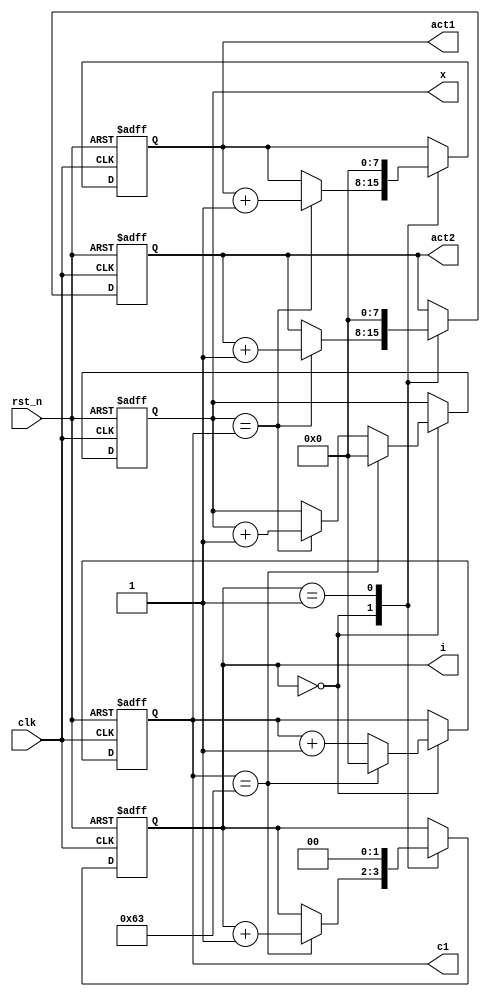
/*
C: ,

for(x = 0; x < 10; x++)
    for(y = 0; y < 10; y ++)
    {
        act1++;
        act2++;
    }
*/


module exp1_6b
(
    input clk,
    input rst_n,

    output reg [7:0] c1,
    output reg [7:0] x,
    output reg [7:0] act1,
    output reg [7:0] act2,
    output reg [1:0] i
);

    always @(posedge clk or negedge rst_n)
    begin
        if(~rst_n)
        begin
            c1 <= 8'd0;
            x <= 8'd0;
            act1 <= 8'd0;
            act2 <= 8'd0;
            i <= 2'd0;
        end
        else
        begin
            case(i)
            
                
                0:
                begin
                
                    if(x == c1)
                    begin
                        x <= x + 1'b1;
                        act1 <= act1 + 1'b1;
                        act2 <= act2 + 1'b1;
                    end
                    
                    if(c1 == 100-1)
                    begin
                        c1 <= 8'd0;
                        x <= 8'd0;
                        i <= i + 1'b1;
                    end
                    else
                        c1 <= c1 + 1'b1;
                
                end
                    
                1:
                 begin
                    act1 <= 8'd0;
                    act2 <= 8'd0;
                    i <= 0;
                end
                
            endcase
        end
    end
    
   
endmodule